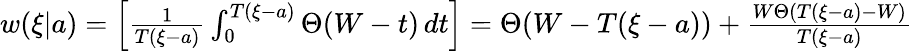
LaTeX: \begin{array}{r}{w(\xi|{a})=\left[\frac{1}{T(\xi-a)}\int_{0}^{T(\xi-a)}\Theta(W-t)\, dt\right]=\Theta(W-T(\xi-a))+\frac{W\Theta(T(\xi-a)-W)}{T(\xi-a)}\; }\end{array}